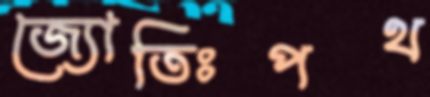
জ্যোতিঃপথ